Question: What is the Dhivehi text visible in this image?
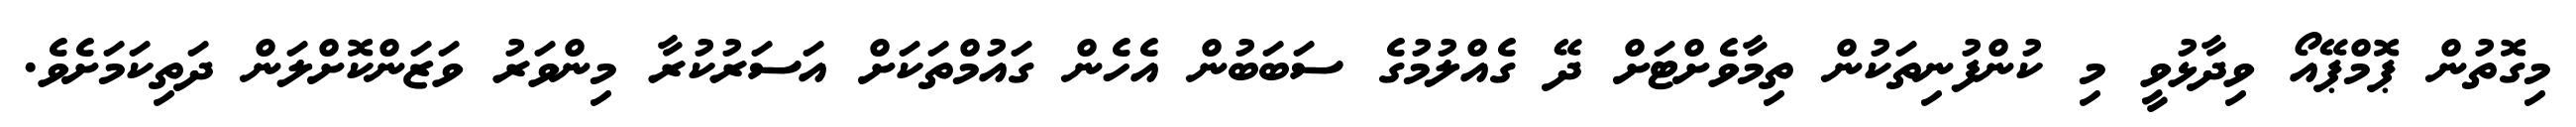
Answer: މިގޮތުން ޕޮމްޕޭއޯ ވިދާޅުވީ މި ކުންފުނިތަކުން ތިމާވެށްޓަށް ދޭ ގެއްލުމުގެ ސަބަބުން އެހެން ގައުމްތަކަށް އަސަރުކުރާ މިންވަރު ވަޒަންކޮށްލަން ދަތިކަމަށެވެ.